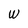
Character: W